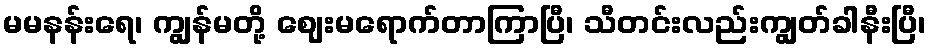
မမနန်းရေ၊ ကျွန်မတို့ ဈေးမရောက်တာကြာပြီ၊ သီတင်းလည်းကျွတ်ခါနီးပြီ၊